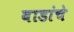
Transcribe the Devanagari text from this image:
वाडांचे